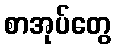
စာအုပ်တွေ